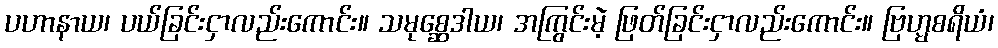
ပဟာနာယ၊ ပယ်ခြင်းငှာလည်းကောင်း။ သမုစ္ဆေဒါယ၊ အကြွင်းမဲ့ ဖြတ်ခြင်းငှာလည်းကောင်း။ ဗြဟ္မစရိယံ၊